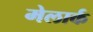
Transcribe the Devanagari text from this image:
मेलार्क